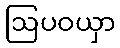
ဩပဝယှာ